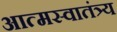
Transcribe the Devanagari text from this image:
आत्मस्वातंत्र्य